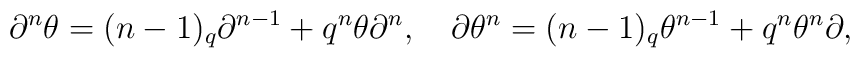
\partial^n\theta=(n-1)_q\partial^{n-1}+q^n\theta\partial^n,\quad\partial\theta^n=(n-1)_q\theta^{n-1}+q^n\theta^n\partial,